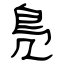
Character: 鳬